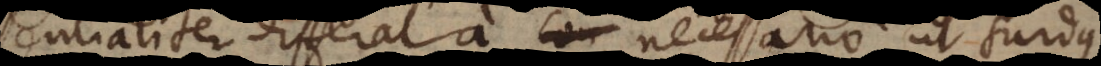
sentialiter differat a necessario ut surdus